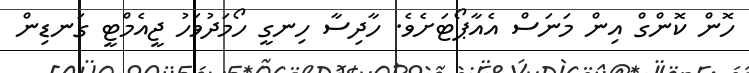
ހޮން ކޮންގް އިން މަނަސް އެއާޕޯޓަށެވެ. ހާދިސާ ހިނގީ ހޯމަދުވަހު ޖީއެމްޓީ ގަނޑިން